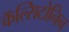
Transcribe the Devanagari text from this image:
कॅल्सिटोनिन